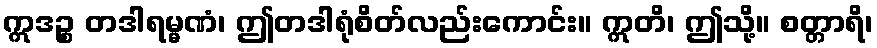
ဣဒဉ္စ တဒါရမ္မဏံ၊ ဤတဒါရုံစိတ်လည်းကောင်း။ ဣတိ၊ ဤသို့။ စတ္တာရိ၊